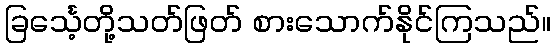
ခြင်္သေ့တို့သတ်ဖြတ် စားသောက်နိုင်ကြသည်။